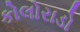
કોલોરાડો